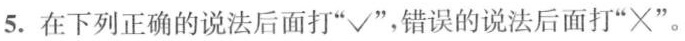
5.在下列正确的说法后面打”√”，错误的说法后面打”×”。